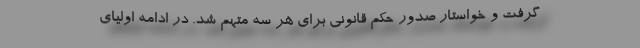
گرفت و خواستار صدور حکم قانونی برای هر سه متهم شد. در ادامه اولیای